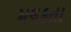
મલકતા